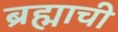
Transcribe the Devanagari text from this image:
ब्रह्माची